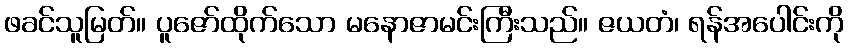
ဖခင်သူမြတ်။ ပူဇော်ထိုက်သော မနောဇာမင်းကြီးသည်။ ဇယတံ၊ ရန်အပေါင်းကို